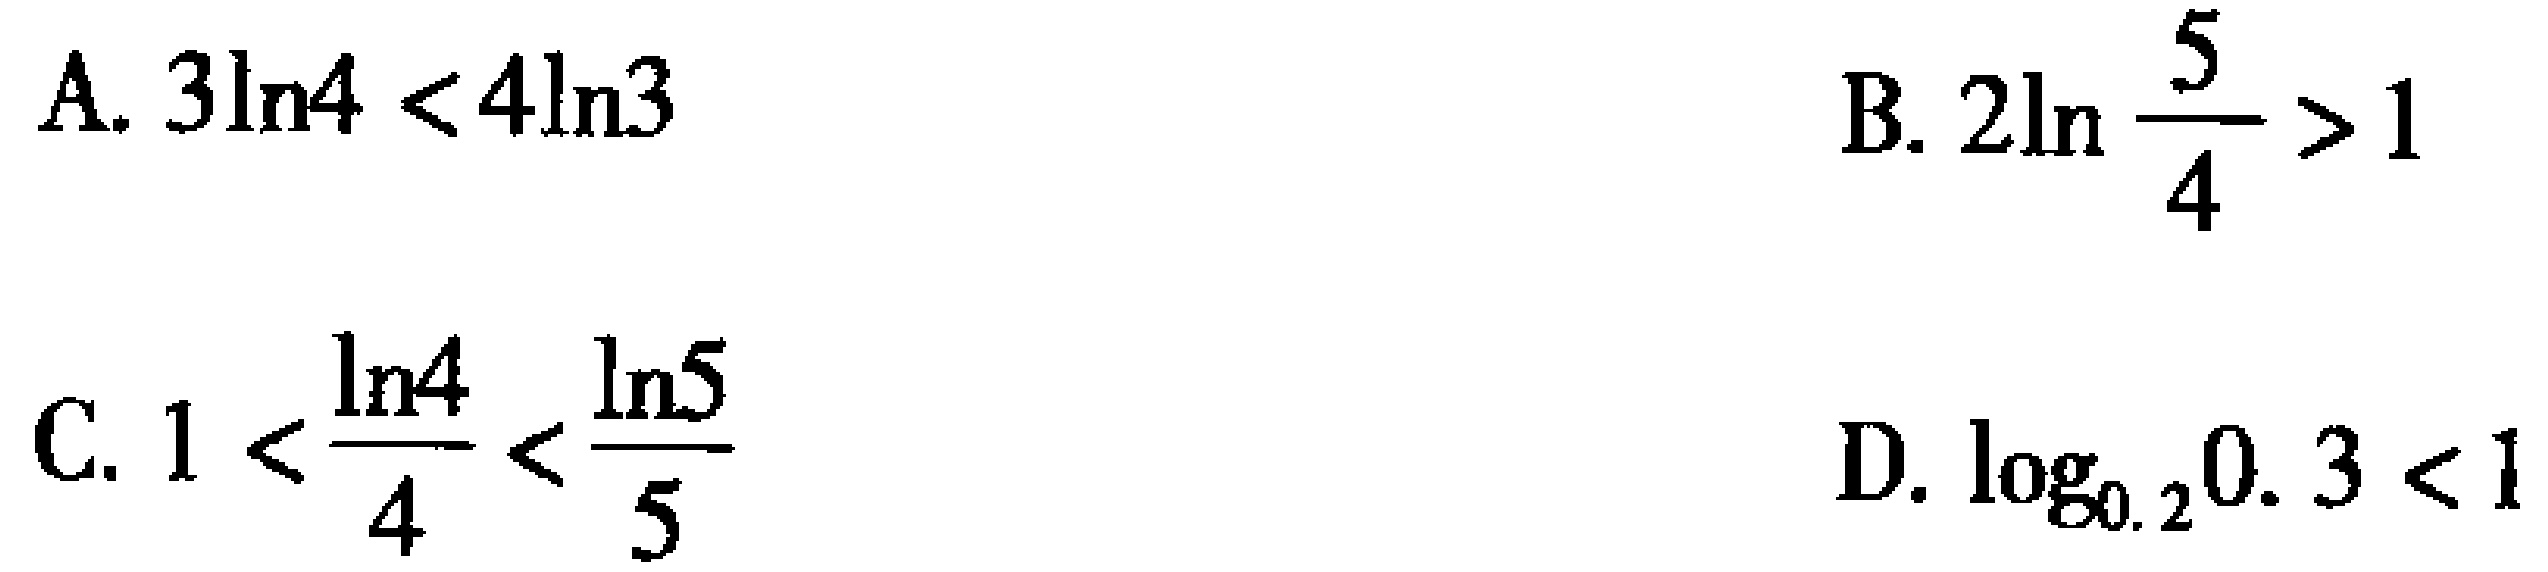
A. \(3\ln4 < 4\ln3\)

B. \(2\ln \frac{5}{4} > 1\)

C. \(1 < \frac{\ln4}{4} < \frac{\ln5}{5}\)

D. \(\log_{0.2}0.3 < 1\)